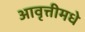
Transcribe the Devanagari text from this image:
आवृत्तीमधे